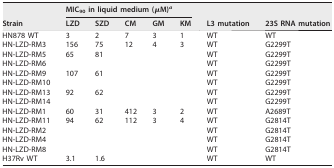
<table><thead><tr><td rowspan="2"><b>Strain</b></td><td colspan="5"><b>MIC<sub>90</sub> in liquid medium (μM)<sup><i>a</i></sup></b></td><td rowspan="2"><b>L3 mutation</b></td><td rowspan="2"><b>23S RNA mutation</b></td></tr><tr><td><b>LZD</b></td><td><b>SZD</b></td><td><b>CM</b></td><td><b>GM</b></td><td><b>KM</b></td></tr></thead><tbody><tr><td>HN878 WT</td><td>3</td><td>2</td><td>7</td><td>3</td><td>1</td><td>WT</td><td>WT</td></tr><tr><td>HN-LZD-RM3</td><td>156</td><td>75</td><td>12</td><td>4</td><td>3</td><td>WT</td><td>G2299T</td></tr><tr><td>HN-LZD-RM5</td><td>65</td><td>81</td><td></td><td></td><td></td><td>WT</td><td>G2299T</td></tr><tr><td>HN-LZD-RM6</td><td></td><td></td><td></td><td></td><td></td><td>WT</td><td>G2299T</td></tr><tr><td>HN-LZD-RM9</td><td>107</td><td>61</td><td></td><td></td><td></td><td>WT</td><td>G2299T</td></tr><tr><td>HN-LZD-RM10</td><td></td><td></td><td></td><td></td><td></td><td>WT</td><td>G2299T</td></tr><tr><td>HN-LZD-RM13</td><td>92</td><td>62</td><td></td><td></td><td></td><td>WT</td><td>G2299T</td></tr><tr><td>HN-LZD-RM14</td><td></td><td></td><td></td><td></td><td></td><td>WT</td><td>G2299T</td></tr><tr><td>HN-LZD-RM1</td><td>60</td><td>31</td><td>412</td><td>3</td><td>2</td><td>WT</td><td>A2689T</td></tr><tr><td>HN-LZD-RM11</td><td>94</td><td>62</td><td>112</td><td>3</td><td>4</td><td>WT</td><td>G2814T</td></tr><tr><td>HN-LZD-RM2</td><td></td><td></td><td></td><td></td><td></td><td>WT</td><td>G2814T</td></tr><tr><td>HN-LZD-RM4</td><td></td><td></td><td></td><td></td><td></td><td>WT</td><td>G2814T</td></tr><tr><td>HN-LZD-RM8</td><td></td><td></td><td></td><td></td><td></td><td>WT</td><td>G2814T</td></tr><tr><td>H37Rv WT</td><td>3.1</td><td>1.6</td><td></td><td></td><td></td><td>WT</td><td>WT</td></tr></tbody></table>